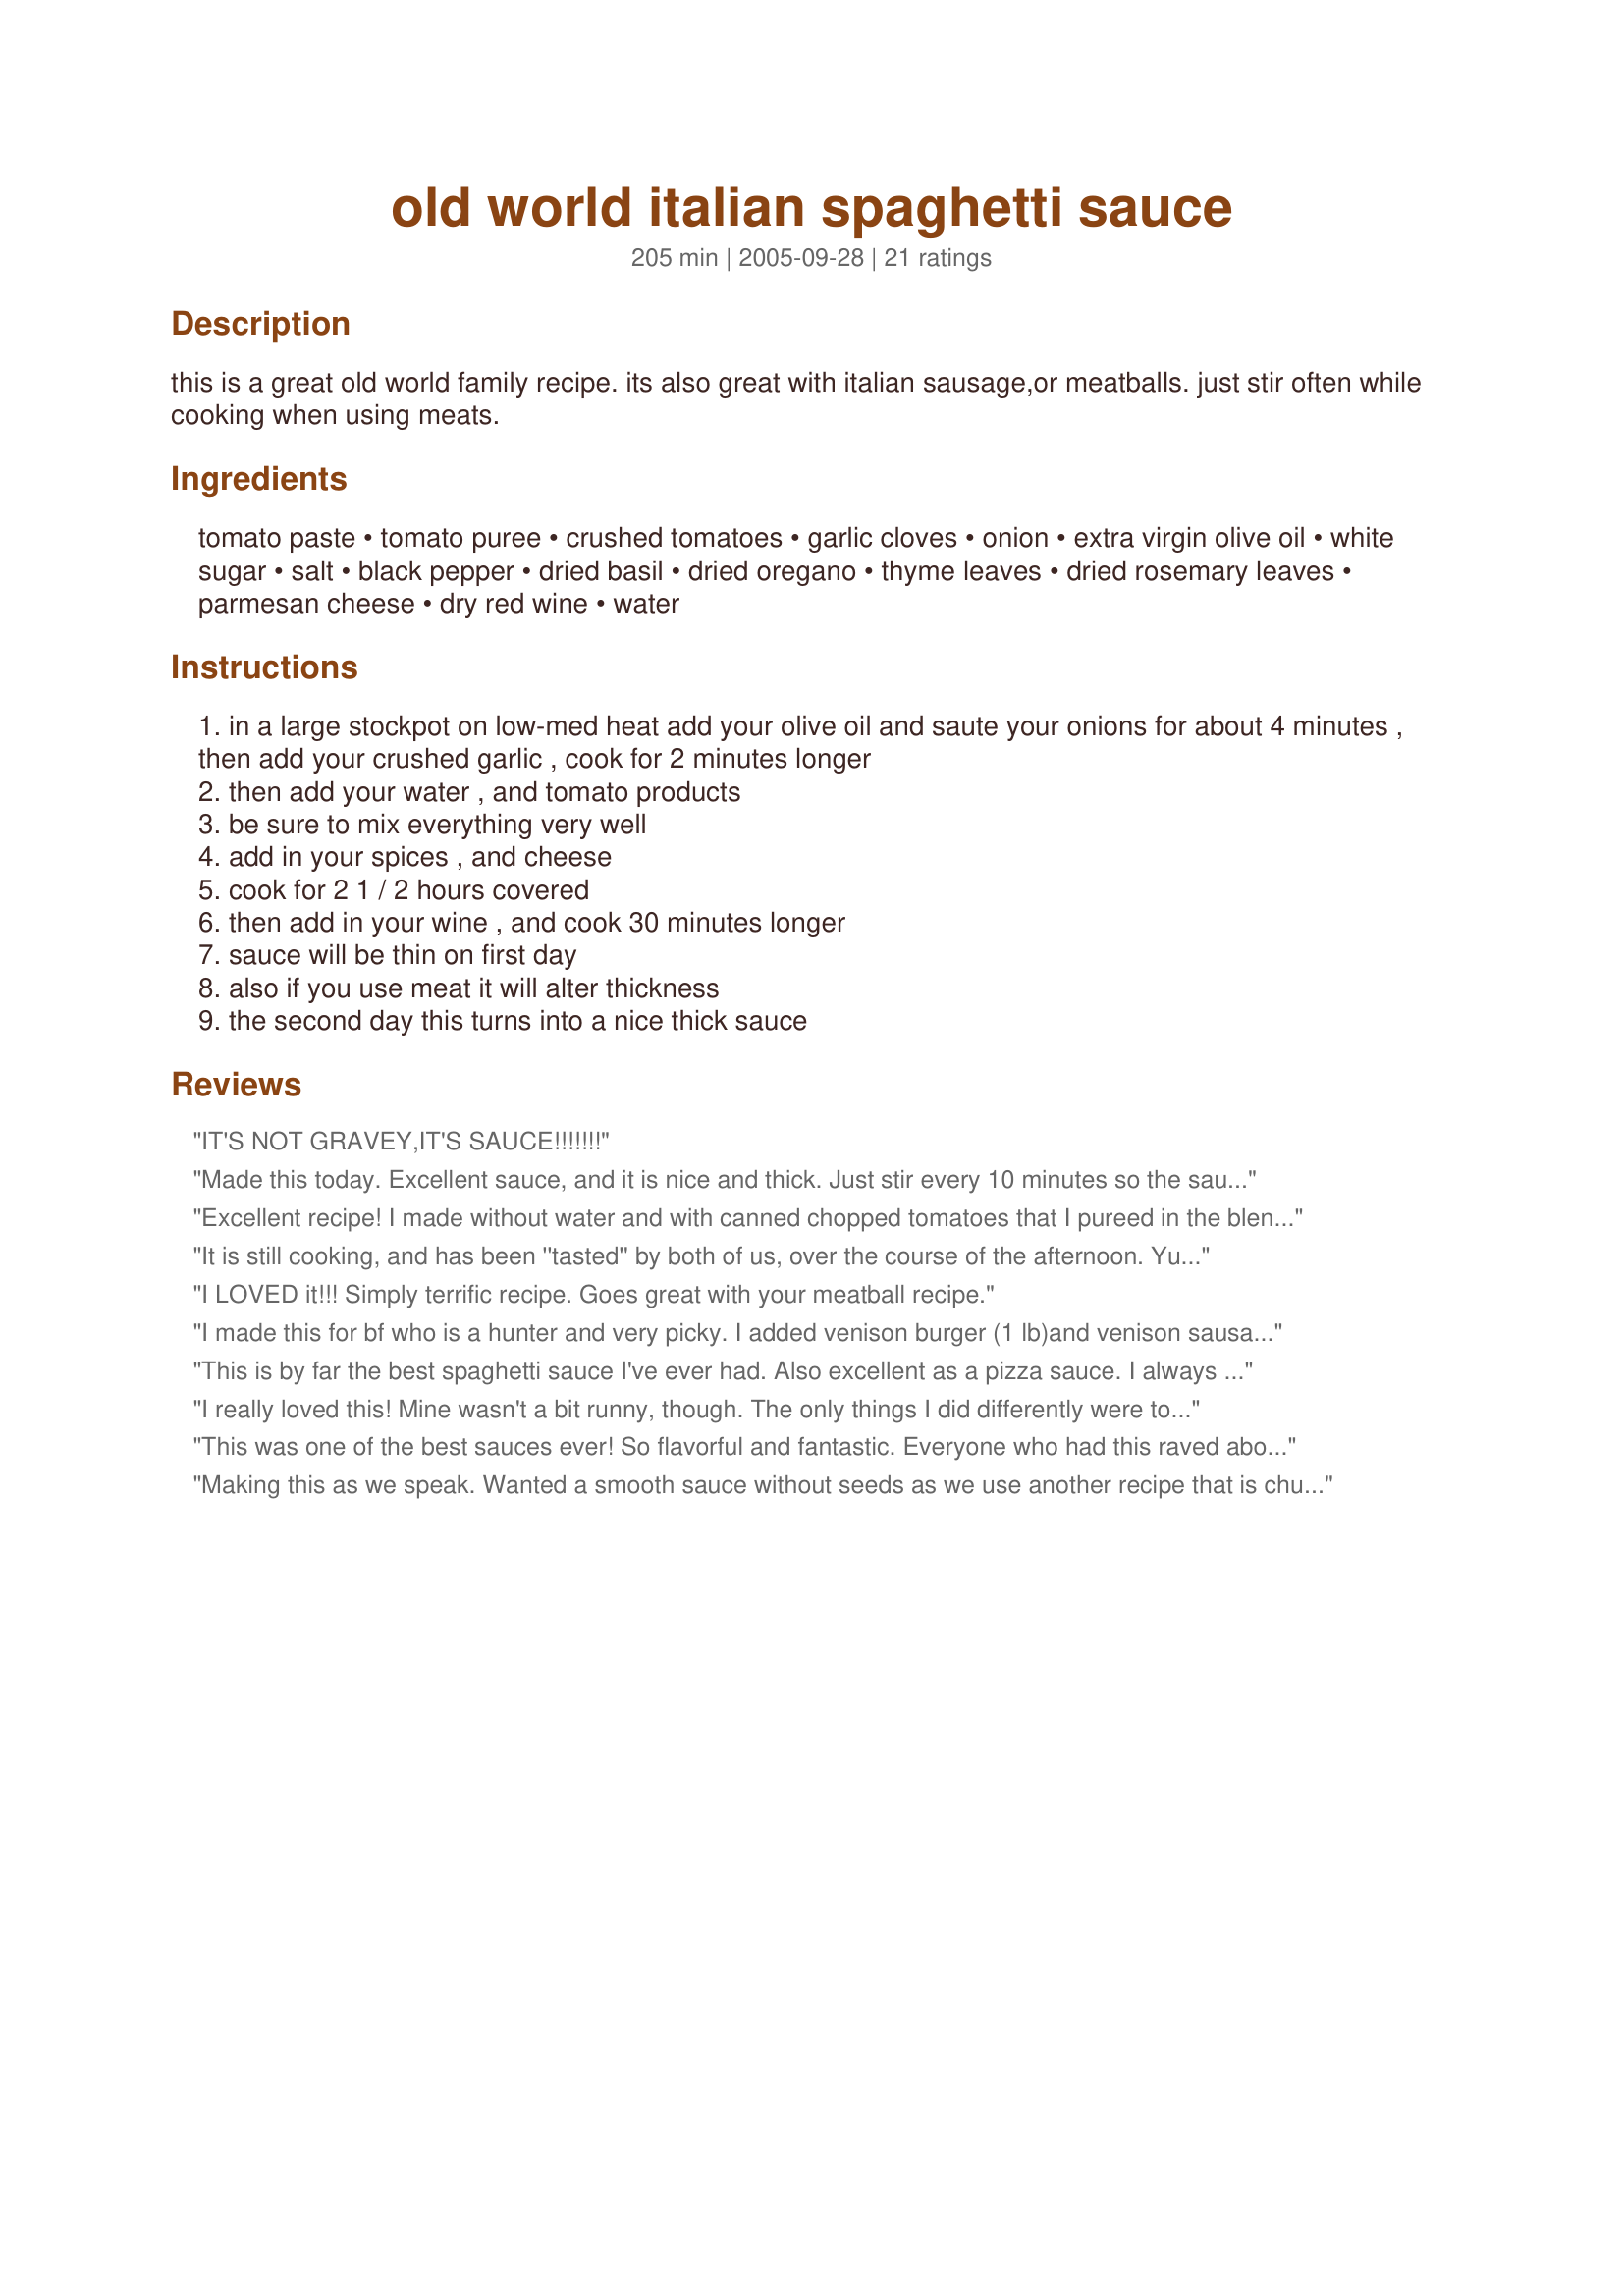
old world italian spaghetti sauce
Preparation time: 205 minutes

this is a great old world family recipe.
its also great with italian sausage,or meatballs. just stir often while cooking when using meats.

Ingredients:
tomato paste, tomato puree, crushed tomatoes, garlic cloves, onion, extra virgin olive oil, white sugar, salt, black pepper, dried basil, dried oregano, thyme leaves, dried rosemary leaves, parmesan cheese, dry red wine, water

Steps:
in a large stockpot on low-med heat add your olive oil and saute your onions for about 4 minutes , then add your crushed garlic , cook for 2 minutes longer
then add your water , and tomato products
be sure to mix everything very well
add in your spices , and cheese
cook for 2 1 / 2 hours covered
then add in your wine , and cook 30 minutes longer
sauce will be thin on first day
also if you use meat it will alter thickness
the second day this turns into a nice thick sauce

Reviews:
IT'S NOT GRAVEY,IT'S SAUCE!!!!!!!
Made this today. Excellent sauce, and it is nice and thick. Just stir every 10 minutes so the sauce don't stick to the bottom.
Excellent recipe! I made without water and with canned chopped tomatoes that I pureed in the blender. The texture was perfect!
It is still cooking, and has been ''tasted'' by both of us, over the course of the afternoon. Yum, yum! I halved the recipe easily--used fresh basil and some fresh tomato cut tiny. I agree with one of the other raters that the sauce was plenty thick! In fact, I added a little water. A KEEPER!! THX!
I LOVED it!!! Simply terrific recipe. Goes great with your meatball recipe.
I made this for bf who is a hunter and very picky. I added venison burger (1 lb)and venison sausage (1/2 lb,)when cooking the onions, added the spices during this process because i am still not 100% wild on venison burger,I did add a touch more sugar and a splash of Worcestershire. I loved it and he thought it was the best sauce he ever had. Thank you :)
This is by far the best spaghetti sauce I've ever had. Also excellent as a pizza sauce. I always taste the sauce before adding the sugar. Some tomatoes are more acidic than others and need more sugar to even out the flavor. Have had many compliments. Thank you for submitting!
I really loved this! Mine wasn't a bit runny, though. The only things I did differently were to make my own puree from a can of whole tomatoes, and I cooked it in a large deep skillet. Oh, and added a carrot and habanero. It was actually so thick I stopped cooking it after two hours. Excellent! Thank you for a great meatless sauce!
This was one of the best sauces ever! So flavorful and fantastic. Everyone who had this raved about it! Thanks for this great recipe!
Making this as we speak. Wanted a smooth sauce without seeds as we use another recipe that is chunky a lot but a switch from time to time is needed. It has been cooking for 2plus hours and smells great, has the correct texture I was looking for and tastes great so far. The men in my home keep asking how long until they can try it out. Great recipe, easy to follow and not much work involved. I can tell I'll be making this again in the future. By the way I doubled the recipe as I wanted to freeze in containers for future meals now that school is underway again. Love having the start to dinner pre-made as it gives me less time for prep after work and activities. I am trying to cut out packaged foods and this does the trick for our red sauce needs.
Can&#039;t make a star review yet, but I accidentally added the wine with the spices! :( hopefully it comes out as good as it looks and smells.
Whenever we want spaghetti for dinner I usually buy a quart of spaghetti sauce from a local restaurant instead of making it. I gave your recipe a try and I am so glad I did. It was the best I have ever tasted ! It make a large amount so I can freeze extra for several more dinners.
I love this sauce. I add more onions, green pepper, and garlic. I add a little more spices and bay leaves to make it my own. I also add turkey crumbles. Been making sauce for over 5 years and family loves it!
The aroma that filled our kitchen today was tantalizing! This robust sauce certainly was worth the wait. This is different than any other sauces that we've tried...for us it was very "fruity" in flavor. I'm not sure if it was the combination of herbs or the brand of tomatoes - all in all it was extremely delicious and very hearty. Ours was not at any point thin and coated the pasta perfectly. Your "old world" description is appropriate but we would even venture to call it "out of this world". Thanks FarahC!
The best Italian tomato sauce I ever made. Definitely would make it again. I made it tonight along with spaghetti pasta and meatballs. I would like to make it italian sausage as well. I also made garlic and cheese pull apart bread made with pillsbury grands. My dinner was better than going out to a restaurant
This recipe is by far the best sauce I have ever made. Quite easy and so delicious. I followed the recipe completely except for the amount of water. I believe I used between a 1/2 - 3/4 cup instead of the 2 1/2 cups. The sauce was the perfect thickness.
This sauce had a great flavor. It really did taste like an Old World recipe! It was neither too sweet nor bland. It was not spicy, but it was not flat either. I was glad you warned it would be thin. It was indeed very runny. Only the tomato chunks stayed on top of our spaghetti. But, the flavor was so wonderful I didn't care. I had to make alterations for my ingredients and lifestyle. First, I used a crockpot. I had to substitute tomato paste and water for the tomato puree. I only had cans of whole tomatoes instead of crushed, so I put those in the blender. I was out of basil, so I used parsley. We don't have any wine in the house, so I substituted cranberry juice. The cranberry juice was put in much sooner than wine would have been so it would meld with the other ingredients. I couldn't believe how authentic it tasted. I was frightened to use a fruit juice, but I recommend it heartily. Yum. We had premade, frozen non-Italian flavored meatballs, and they went well with the sauce too. I don't think we could have served anything that would have detracted from its flavor. This made a TON of sauce. I ended up storing the leftovers in 4 freezer bags. Each had a one-gallon capacity, and I think they were 1/4 full. I tried to divide into portions similar to what we used for dinner that night. This would be great for making batches to freeze, or it works well for huge families. Maybe it was so runny because I had to substitute for the crushed tomatoes. I might have had more juice. I didn't know if I was supposed to drain them or not. I ended up reducing the water to accommodate the extra juice from the canned tomatoes. Maybe if I had not used that juice, mixed my own puree and used an alcohol substitute that wouldn't have evaporated, I wouldn't have had such a runny sauce. That is the only reason I ranked this a 4. It was so sloppy it splashed on my shirt, face, arms and table.
Best spaghetti sauce ever!
adding sugar doesn't make it old world because italian's think it's disgusting that we put sugar in our gravy.
There is NO flavor with the extremely small amount of spices in this recipe. I had to add way more and it was still bland and acidic. Thank goodness I didn't add the 2nd can of tomato paste as I knew this would be a very bad idea. I put in less water because of less paste. I was diappointed with the complete lack of flavor, which was basically only tomato, since there is very little other spices in here. I will go back to my own version which is way better than this. Unfortunately I now have a huge pot of tasteless spaghetti sauce that I do not like at all!
My DH said I hit it out of the ball park with this recipe. He LOVES Spaghetti Sauce and has eaten it a lot. He says this is THE BEST of all the sauces he has eaten. I am not a red sauce fan but now I am!!!! I will not ever try another sauce. This is the 2nd time in a month I have made it. I put it in the crock pot minus 1 28 oz can of crushed tomatoes. I added homemade Italian sausage from Sunflower Market. This sausage has little grease, so I broke the sausage into little pieces and just threw them in without cooing them. I add only 1/2 TBLS of sugar, didn't want a sweet sauce. Added a tsp of Worcestershire Sauce, a tsp of Marjoram and Fennel seed. Then threw in a pinch of Baking Soda. I now have put this recipe in a special place so I will always know where it is. If you love spaghetti sauce this is a MUST TRY!!! It really does have an old world flavor to it. You won't be sorry.
